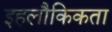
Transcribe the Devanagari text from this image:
इहलौकिकता